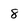
Character: 8